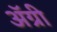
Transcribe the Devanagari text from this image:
ॲग्री